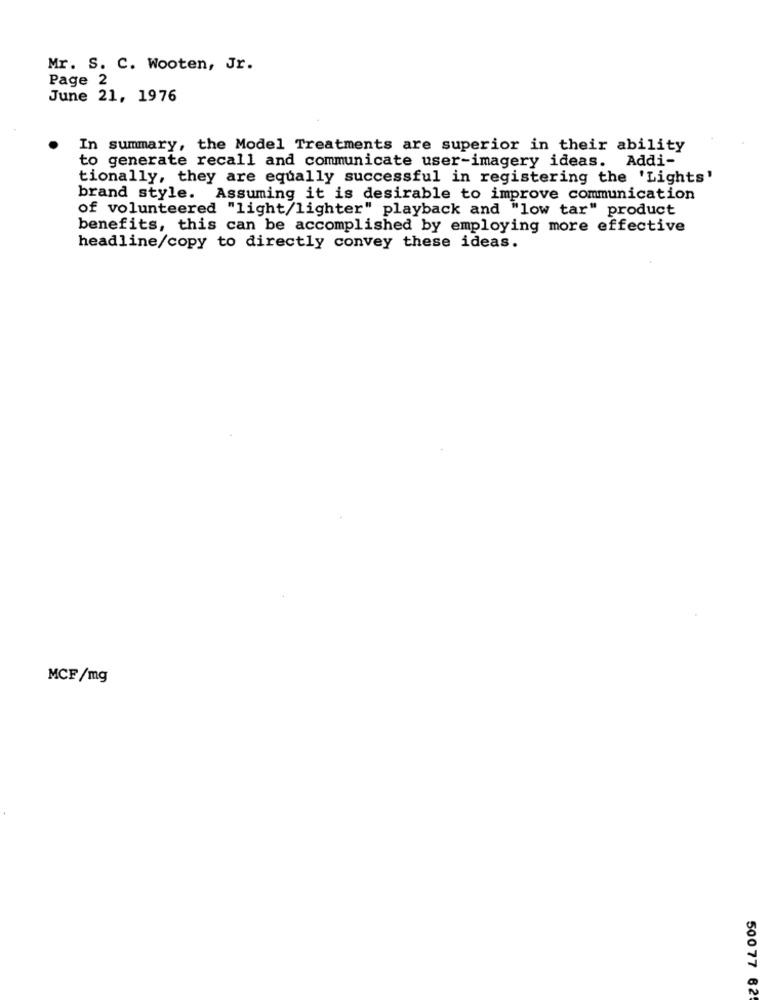
Mr. S. C. Wooten, Jr.
Page 2
June 21, 1976
In summary, the Model Treatments are superior in their ability
to generate recall and communicate user-imagery ideas. Addi-
tionally, they are equally successful in registering the 'Lights'
brand style. Assuming it is desirable to improve communication
of volunteered "light/lighter" playback and "low tar" product
benefits, this can be accomplished by employing more effective
headline/copy to directly convey these ideas.
MCF/mg
500 77 62